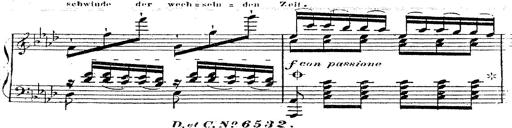
Title: 12 Lieder von Franz Schubert
Composer: Franz Liszt